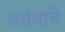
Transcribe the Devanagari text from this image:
त्यांयाचे